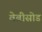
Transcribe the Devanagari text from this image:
वेबीसोड